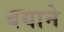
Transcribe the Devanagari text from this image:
बयाने